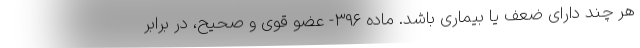
هر چند دارای ضعف یا بیماری باشد. ماده ۳۹۶- عضو قوی و صحیح، در برابر